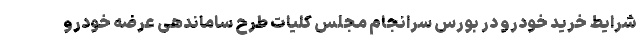
شرایط خرید خودرو در بورس سرانجام مجلس کلیات طرح ساماندهی عرضه خودرو